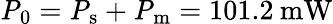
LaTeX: \mathrm{\mathit{P}_{0}}=\mathrm{\mathit{P}_{s}}+\mathrm{\mathit{P}_{m}}=101.2\: \mathrm{mW}